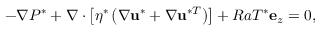
- \nabla P ^ { * } + \nabla \cdot \left[ \eta ^ { * } \left( \nabla \mathbf { u } ^ { * } + \nabla \mathbf { u } ^ { * T } \right) \right] + R a T ^ { * } \mathbf { e } _ { z } = 0 ,